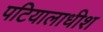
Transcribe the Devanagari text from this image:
पटियालाधीश